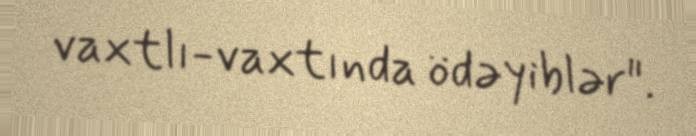
vaxtlı-vaxtında ödəyiblər".